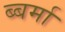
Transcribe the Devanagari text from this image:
ब्बर्मा